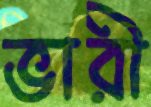
ভারী